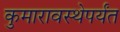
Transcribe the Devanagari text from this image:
कुमारावस्थेपर्यंत